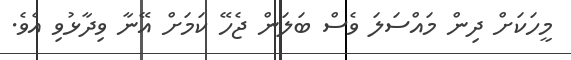
މީހަކަށް ދިން މައްސަލަ ވެސް ބަލަން ޖެހޭ ކަމަށް އޭނާ ވިދާޅުވި އެވެ.